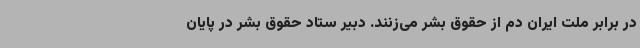
در برابر ملت ایران دم از حقوق بشر می‌زنند. دبیر ستاد حقوق بشر در پایان